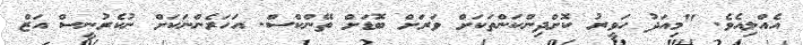
އެއްލިއެވެ. "މިއަދު ހަވީރު ކޮށްދިންކަންތަކަށް ވަރަށް ބޮޑަށް ތޭންކްސް. އަހަރެންނަކަށް ނުކެރުނީސް އަޒް